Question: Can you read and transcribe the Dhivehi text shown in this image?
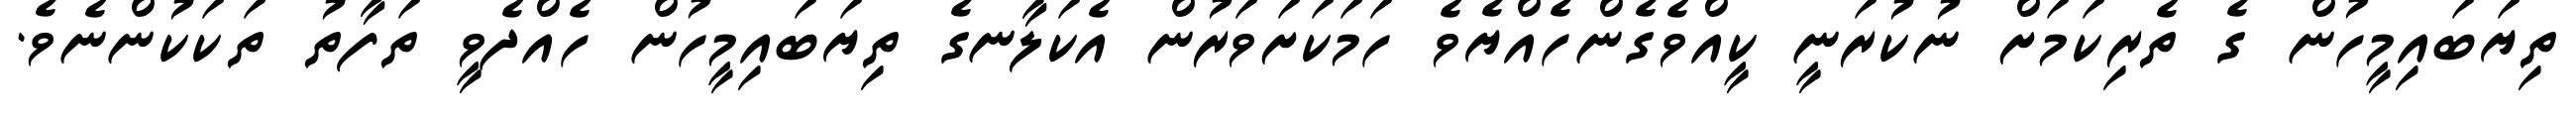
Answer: ތިޔަބައިމީހުން ގެ ތެރިކަމަށް ނުކުރަނީ ކީއްވެގެންހެއްޔެވެ ހަމަކަށަވަރުން އެކަލާނގެ ތިޔަބައިމީހުން ހެއްދެވީ ތަފާތު ތަކަކުންނެވެ.